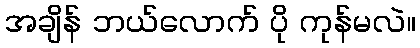
အချိန် ဘယ်လောက် ပို ကုန်မလဲ။